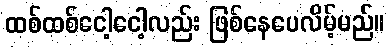
ထစ်ထစ်ငေါ့ငေါ့လည်း ဖြစ်နေပေလိမ့်မည်။